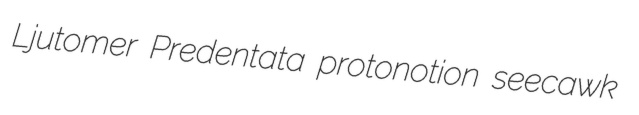
Ljutomer Predentata protonotion seecawk